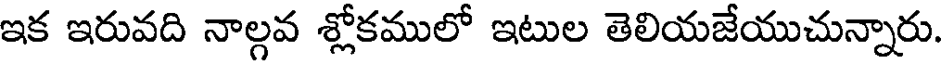
ఇక ఇరువది నాల్గవ శ్లోకములో ఇటుల తెలియజేయుచున్నారు.